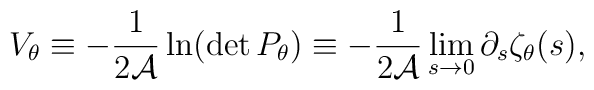
V_{\theta}\equiv -{1\over 2{\cal A}}    \ln(\det P_\theta) \equiv -{1\over 2 {\cal A}}\lim_{s\to 0}\partial_{s}    \zeta_{\theta}(s),